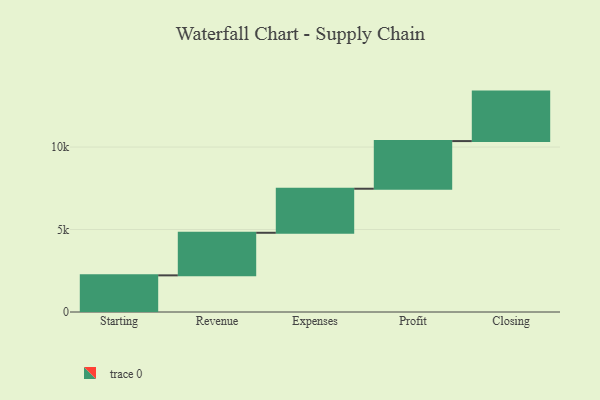
{"axis": {"x": "Step", "y": "Value"}, "legend": [""], "data": [{"x": "Starting", "y": 2222.0, "type": ""}, {"x": "Revenue", "y": 2581.0, "type": ""}, {"x": "Expenses", "y": 2671.0, "type": ""}, {"x": "Profit", "y": 2889.0, "type": ""}, {"x": "Closing", "y": 3000, "type": ""}]}